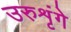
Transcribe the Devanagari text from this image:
उरुशृंगे